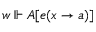
w \Vdash A [ e ( x \to a ) ]